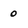
Character: 0